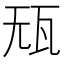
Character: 𰢢